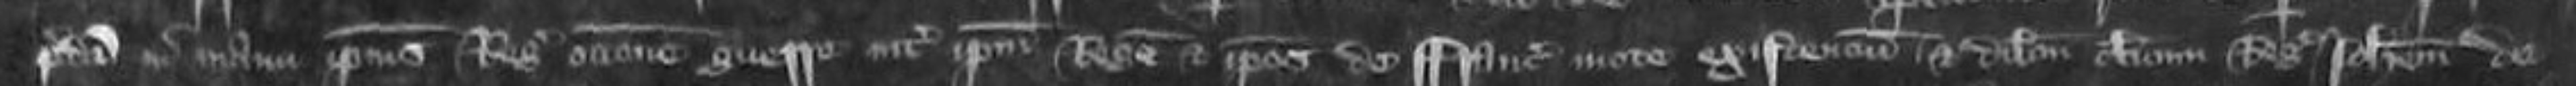
predicti in manu ipsius Regis occasione querre inter ipsum Regem et ipsos de Francie mote existencium et dilectum clericum Regis Johannem de